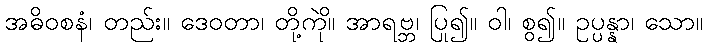
အဓိဝစနံ၊ တည်း။ ဒေဝတာ၊ တို့ကို။ အာရဗ္ဘ၊ ပြု၍။ ဝါ၊ စွဲ၍။ ဥပ္ပန္နာ၊ သော။